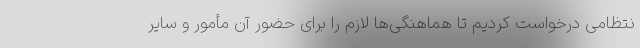
نتظامی درخواست کردیم تا هماهنگی‌ها لازم را برای حضور آن مأمور و سایر